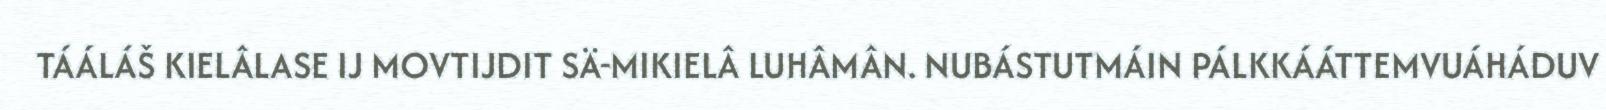
TÁÁLÁŠ KIELÂLASE IJ MOVTIJDIT SÄ-MIKIELÂ LUHÂMÂN. NUBÁSTUTMÁIN PÁLKKÁÁTTEMVUÁHÁDUV